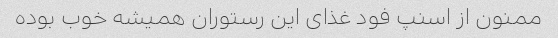
ممنون از اسنپ فود غذای این رستوران همیشه خوب بوده